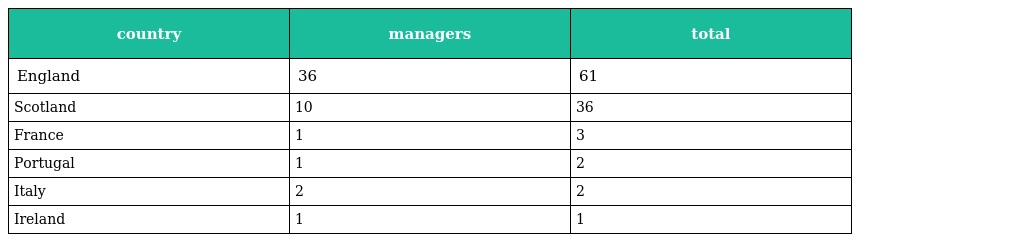
| country | managers | total |
 | --- | --- | --- |
 | England | 36 | 61 |
 | Scotland | 10 | 36 |
 | France | 1 | 3 |
 | Portugal | 1 | 2 |
 | Italy | 2 | 2 |
 | Ireland | 1 | 1 |